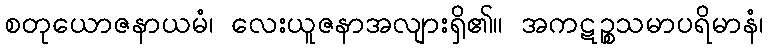
စတုယောဇနာယမံ၊ လေးယူဇနာအလျားရှိ၏။ အကဋဉ္စသမာပရိမာနံ၊